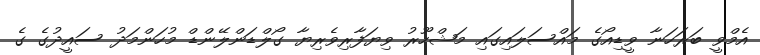
އެމްވީ ބަރަހަނާ ވީޑިއޯގެ މައްސަލައިގައި މަޝްހޫރު ވިޔަފާރިވެރިޔާ ގޯލްޑަންލޭންޑް މުހަންމަދު ސައީދުގެ ގެ